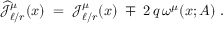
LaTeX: \widehat { { \mathcal J } } _ { \ell / r } ^ { \mu } ( x ) \; = \; { \mathcal J } _ { \ell / r } ^ { \mu } ( x ) \; \mp \; 2 \, q \, \omega ^ { \mu } ( x ; A ) ~ .